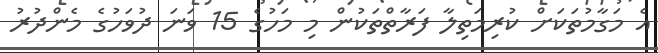
އެ މަގާމުތަކަށް ކުރިމަތިލާ ފަރާތްތަކުން މި މަހުގެ 15 ވަނަ ދުވަހުގެ މެންދުރު